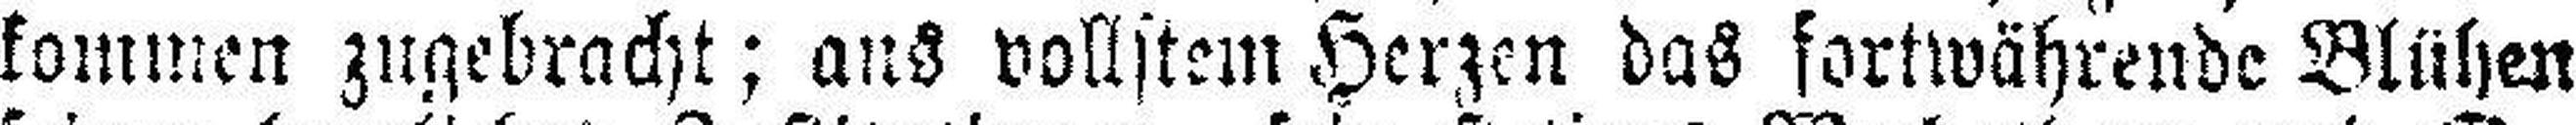
kommen zugebracht; aus vollstem Herzen das fortwährende Blühen